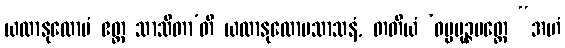
ယထာနုလောမံ ဧတ္ထ သာသိတာ’တိ ယထာနုလောမသာသနံ, တတိယံ ‘ဓမ္မပုဉ္ဇမတ္တေ “အဟံ